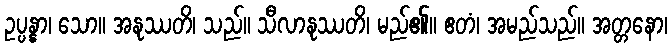
ဥပ္ပန္နာ၊ သော။ အနုဿတိ၊ သည်။ သီလာနုဿတိ၊ မည်၏။ ဧတံ၊ အမည်သည်။ အတ္တနော၊